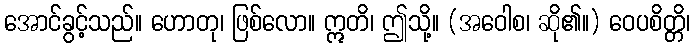
အောင်ခွင့်သည်။ ဟောတု၊ ဖြစ်လော။ ဣတိ၊ ဤသို့။ (အဝေါစ၊ ဆို၏။) ဝေပစိတ္တိ၊